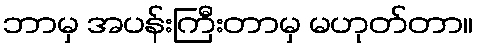
ဘာမှ အပန်းကြီးတာမှ မဟုတ်တာ။